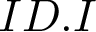
I D . I